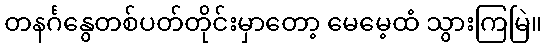
တနင်္ဂနွေတစ်ပတ်တိုင်းမှာတော့ မေမေ့ထံ သွားကြမြဲ။